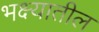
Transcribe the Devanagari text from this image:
भक्ष्यातील